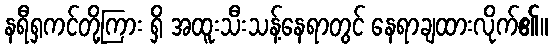
နရီရှကင်တို့ကြား ရှိ အထူးသီးသန့်နေရာတွင် နေရာချထားလိုက်၏။